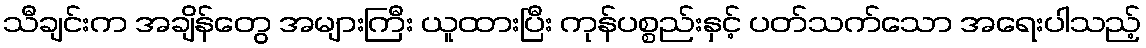
သီချင်းက အချိန်တွေ အများကြီး ယူထားပြီး ကုန်ပစ္စည်းနှင့် ပတ်သက်သော အရေးပါသည့်